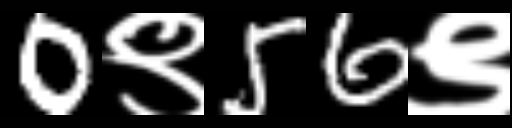
Text: 0९56९